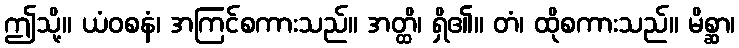
ဤသို့။ ယံဝစနံ၊ အကြင်စကားသည်။ အတ္ထိ၊ ရှိ၏။ တံ၊ ထိုစကားသည်။ မိစ္ဆာ၊